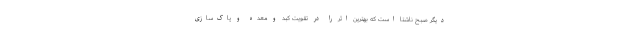
دیگر صبح ناشتا است که بهترین اثر را در تقویت کبد و معده و پاک‌سازی